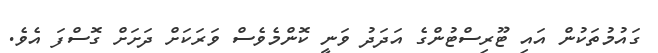
ގައުމުތަކުން އައި ޓޫރިސްޓުންގެ އަދަދު ވަނީ ކޮންމެވެސް ވަރަކަށް ދަށަށް ގޮސްފަ އެވެ.